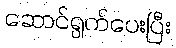
ဆောင်ရွက်ပေးပြီး